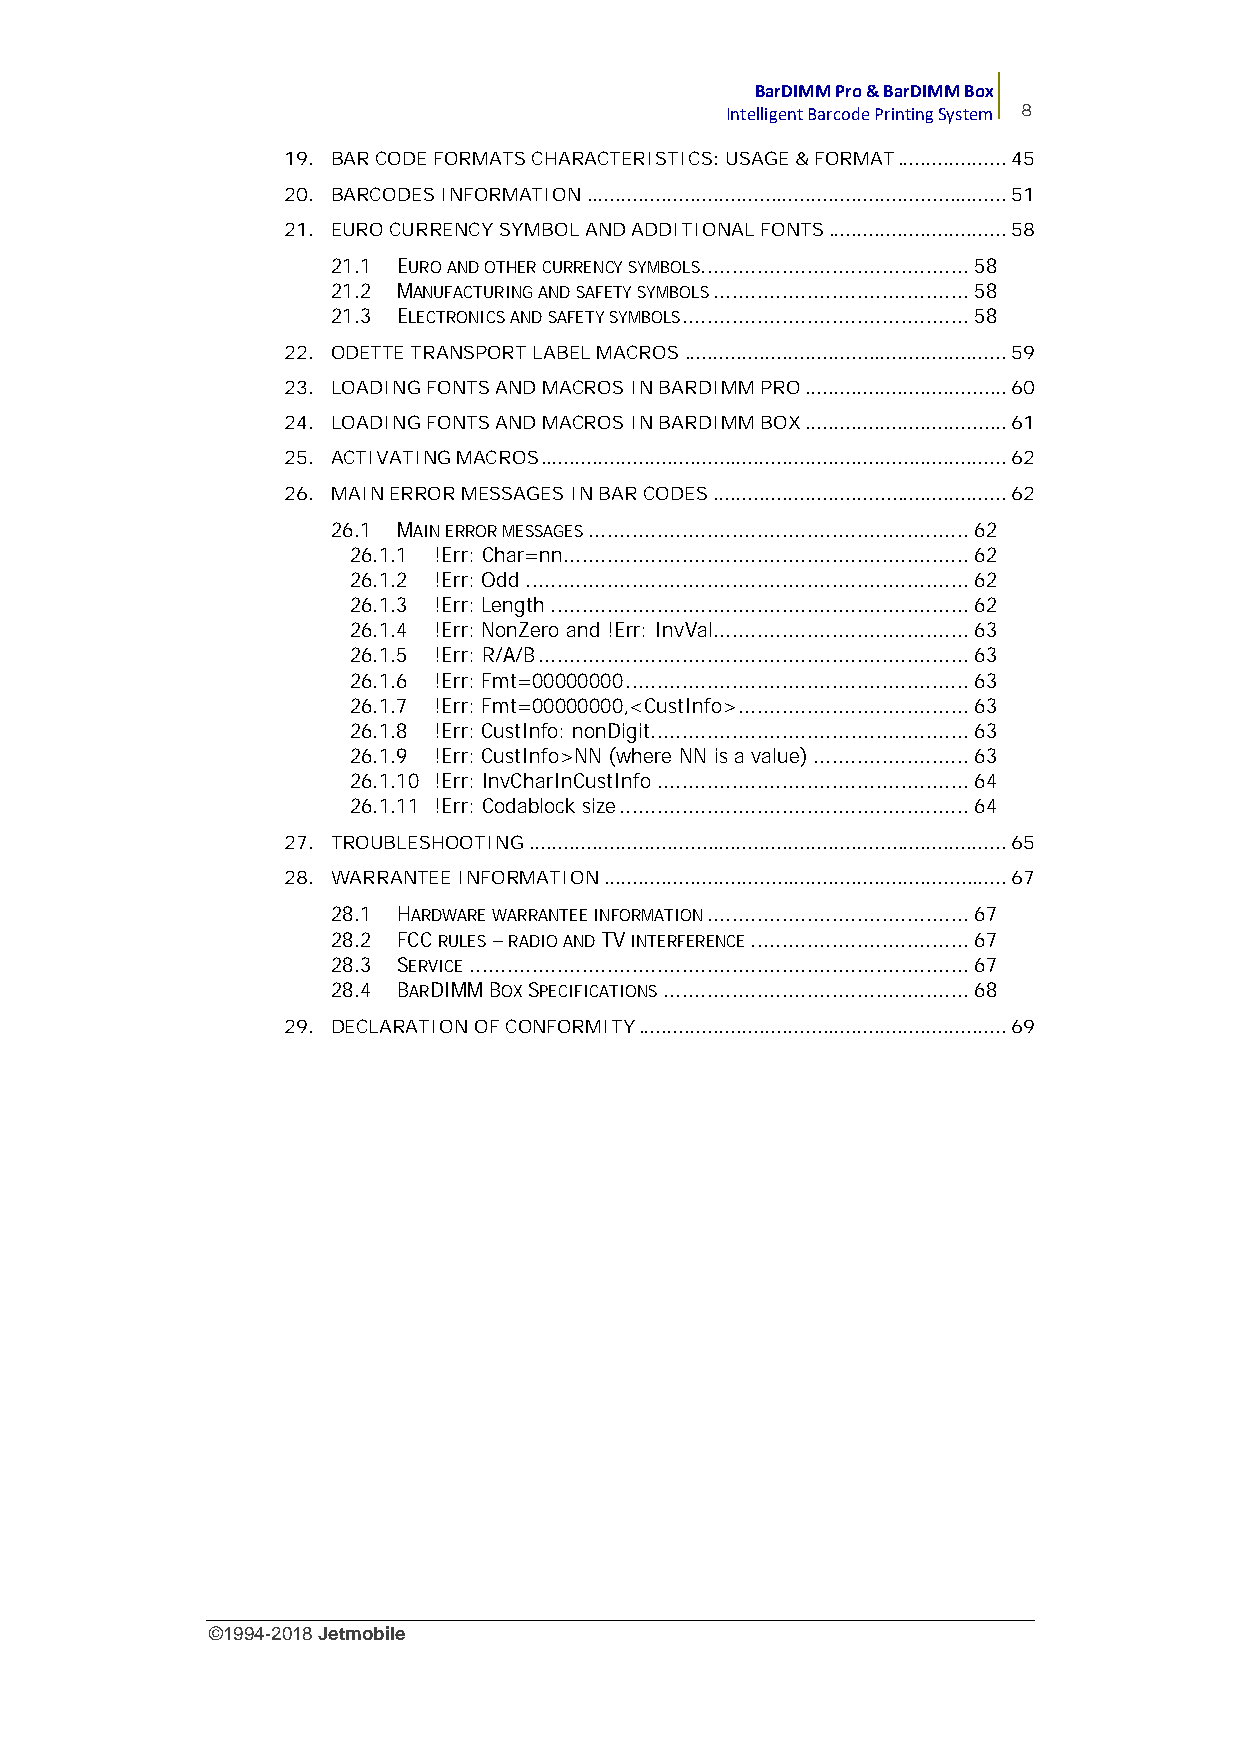
BarDIMM Pro & BarDIMM Box
 Intelligent Barcode Printing System 8
 19. BAR CODE FORMATS CHARACTERISTICS: USAGE& FORMAT...................45
 20. BARCODES INFORMATION.........................................................................51
 21. EURO CURRENCY SYMBOLAND ADDITIONAL FONTS...............................58
 21.1 EURO AND OTHER CURRENCY SYMBOLS...........................................58
 21.2 MANUFACTURING AND SAFETY SYMBOLS.........................................58
 21.3 ELECTRONICS AND SAFETY SYMBOLS..............................................58
 22. ODETTE TRANSPORT LABEL MACROS........................................................59
 23. LOADING FONTS AND MACROS IN BARDIMM PRO...................................60
 24. LOADING FONTS AND MACROS IN BARDIMM BOX...................................61
 25. ACTIVATING MACROS.................................................................................62
 26. MAIN ERROR MESSAGESIN BAR CODES...................................................62
 26.1 MAIN ERROR MESSAGES.............................................................62
 26.1.1 !Err: Char=nn.................................................................62
 26.1.2 !Err: Odd.......................................................................62
 26.1.3 !Err: Length...................................................................62
 26.1.4 !Err: NonZero and !Err: InvVal.........................................63
 26.1.5 !Err: R/A/B.....................................................................63
 26.1.6 !Err: Fmt=00000000.......................................................63
 26.1.7 !Err: Fmt=00000000,<CustInfo>.....................................63
 26.1.8 !Err: CustInfo: nonDigit...................................................63
 26.1.9 !Err: CustInfo>NN (where NN is a value).........................63
 26.1.10 !Err: InvCharInCustInfo..................................................64
 26.1.11 !Err: Codablock size........................................................64
 27. TROUBLESHOOTING...................................................................................65
 28. WARRANTEE INFORMATION......................................................................67
 28.1 HARDWARE WARRANTEE INFORMATION..........................................67
 28.2 FCCRULES–RADIO ANDTVINTERFERENCE...................................67
 28.3 SERVICE................................................................................67
 28.4 BARDIMMBOXSPECIFICATIONS.................................................68
 29. DECLARATION OF CONFORMITY................................................................69
 ©1994-2018Jetmobile
 E
 r
 r
 o